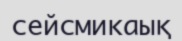
сейсмикаық